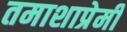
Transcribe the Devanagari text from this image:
तमाशाप्रेमी